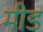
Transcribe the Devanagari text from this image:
मीडं